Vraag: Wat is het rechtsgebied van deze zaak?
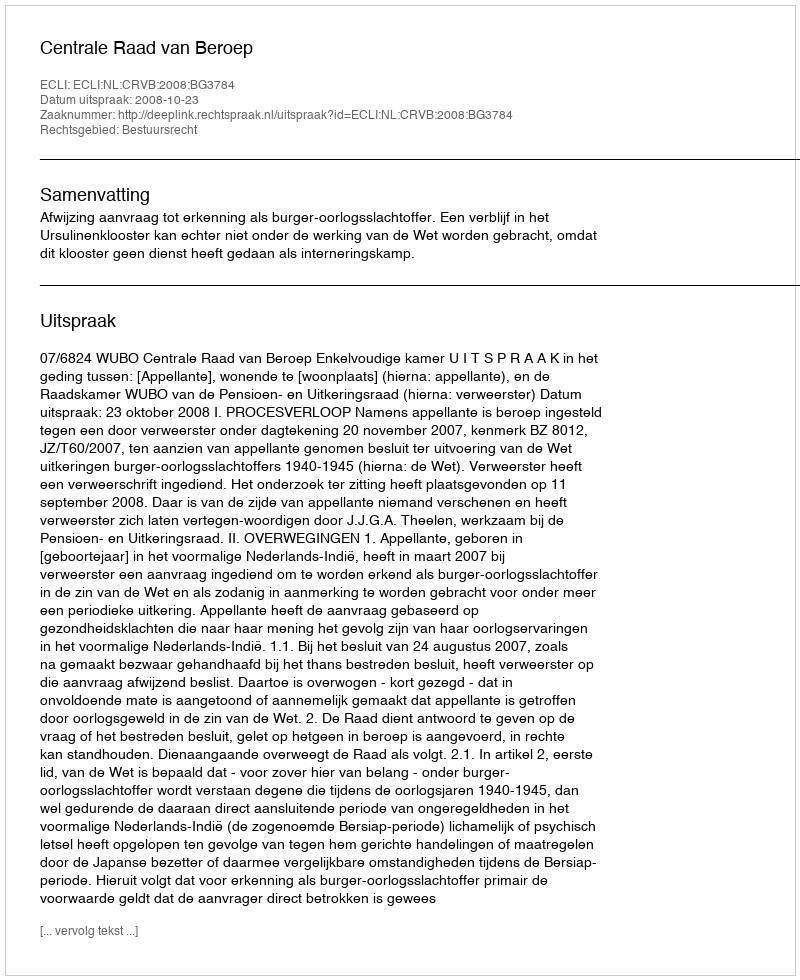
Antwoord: Bestuursrecht